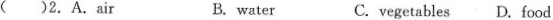
()2.A.Air B.water C.vegetables D.bod